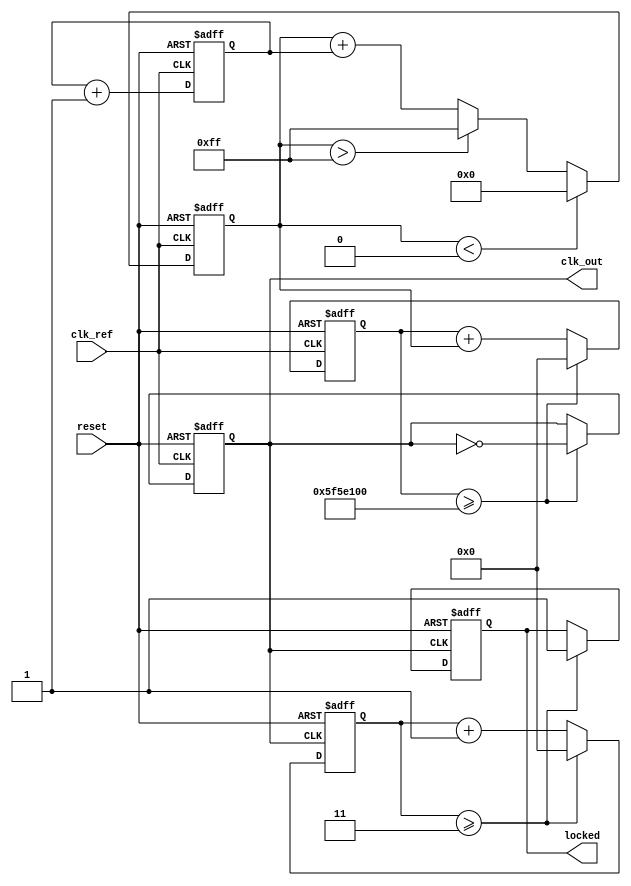
module low_jitter_pll (
    input wire clk_ref,          // Reference clock input
    input wire reset,            // Asynchronous reset
    output reg clk_out,          // PLL output clock
    output reg locked            // Lock status output
);

    // Parameters for PLL configuration
    parameter DIVIDER = 4;       // Feedback divider value
    parameter VCO_MAX_FREQ = 200; // Max VCO frequency in MHz
    parameter VCO_MIN_FREQ = 50;  // Min VCO frequency in MHz

    // Internal signals
    reg [1:0] phase_error;        // Phase error signal from PD
    reg [7:0] control_voltage;     // Control voltage for VCO
    reg [31:0] vco_counter;        // VCO counter for clock generation
    reg [31:0] divider_counter;    // Divider counter for feedback

    // Phase Detector (PD)
    always @(posedge clk_ref or posedge reset) begin
        if (reset) begin
            phase_error <= 2'b00;
        end else begin
            // Simple phase comparison logic
            // In a real design, this would be more complex
            if (clk_ref) begin
                phase_error <= phase_error + 1; // Increment phase error
            end
        end
    end

    // Loop Filter (LF)
    always @(posedge clk_ref or posedge reset) begin
        if (reset) begin
            control_voltage <= 8'b0;
        end else begin
            // Simple low-pass filter implementation
            control_voltage <= control_voltage + phase_error; // Adjust control voltage
            // Clamp control voltage to VCO limits
            if (control_voltage > 255) control_voltage <= 255;
            if (control_voltage < 0) control_voltage <= 0;
        end
    end

    // Voltage-Controlled Oscillator (VCO)
    always @(posedge clk_ref or posedge reset) begin
        if (reset) begin
            vco_counter <= 0;
            clk_out <= 0;
        end else begin
            // VCO frequency control based on control voltage
            vco_counter <= vco_counter + control_voltage;
            if (vco_counter >= (VCO_MAX_FREQ * 1000000 / 2)) begin
                clk_out <= ~clk_out; // Toggle output clock
                vco_counter <= 0;     // Reset counter
            end
        end
    end

    // Feedback Divider
    always @(posedge clk_out or posedge reset) begin
        if (reset) begin
            divider_counter <= 0;
            locked <= 0;
        end else begin
            divider_counter <= divider_counter + 1;
            if (divider_counter >= (DIVIDER - 1)) begin
                divider_counter <= 0;
                locked <= 1; // Indicate PLL is locked
            end
        end
    end

endmodule